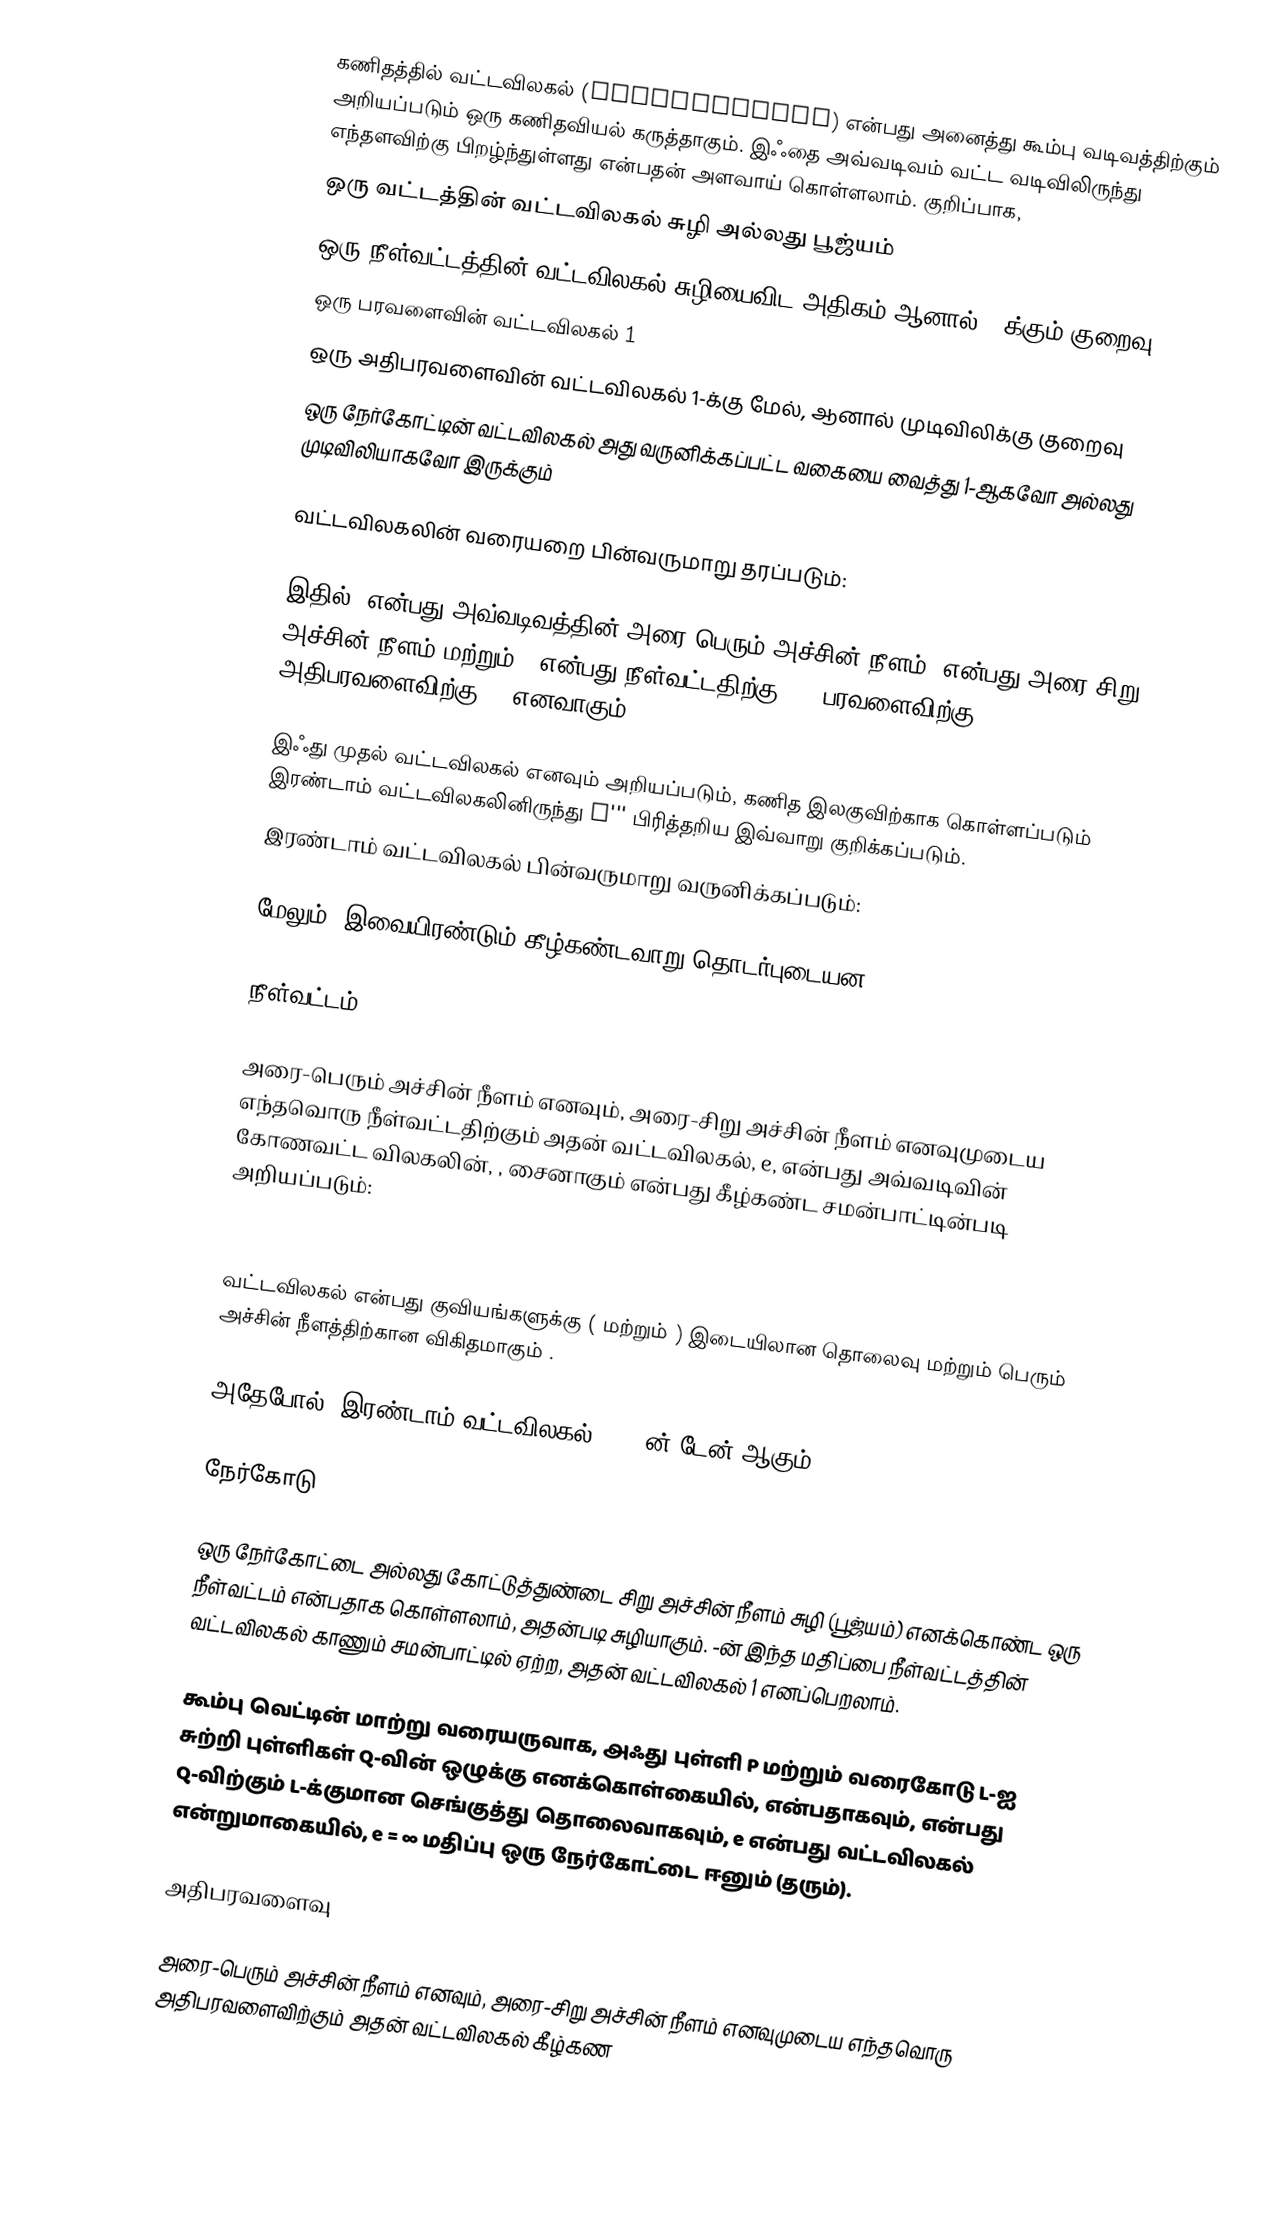
கணிதத்தில் வட்டவிலகல் (Eccentricity) என்பது அனைத்து கூம்பு வடிவத்திற்கும் அறியப்படும் ஒரு கணிதவியல் கருத்தாகும். இஃதை அவ்வடிவம் வட்ட வடிவிலிருந்து எந்தளவிற்கு பிறழ்ந்துள்ளது என்பதன் அளவாய் கொள்ளலாம். குறிப்பாக,
 ஒரு வட்டத்தின் வட்டவிலகல் சுழி அல்லது பூஜ்யம்
 ஒரு நீள்வட்டத்தின் வட்டவிலகல் சுழியைவிட அதிகம் ஆனால் 1-க்கும் குறைவு
 ஒரு பரவளைவின் வட்டவிலகல் 1
 ஒரு அதிபரவளைவின் வட்டவிலகல் 1-க்கு மேல், ஆனால் முடிவிலிக்கு குறைவு
 ஒரு நேர்கோட்டின் வட்டவிலகல் அது வருனிக்கப்பட்ட வகையை வைத்து 1-ஆகவோ அல்லது முடிவிலியாகவோ இருக்கும்

வட்டவிலகலின் வரையறை பின்வருமாறு தரப்படும்:

இதில்,  என்பது அவ்வடிவத்தின் அரை-பெரும் அச்சின் நீளம்,  என்பது அரை-சிறு அச்சின் நீளம் மற்றும் k என்பது நீள்வட்டதிற்கு +1, பரவளைவிற்கு 0, அதிபரவளைவிற்கு -1 எனவாகும்.

இஃது முதல் வட்டவிலகல் எனவும் அறியப்படும், கணித இலகுவிற்காக கொள்ளப்படும் இரண்டாம் வட்டவிலகலினிருந்து e''' பிரித்தறிய இவ்வாறு குறிக்கப்படும்.
இரண்டாம் வட்டவிலகல் பின்வருமாறு வருனிக்கப்படும்:

மேலும், இவையிரண்டும் கீழ்கண்டவாறு தொடர்புடையன:

 நீள்வட்டம்

அரை-பெரும் அச்சின் நீளம்  எனவும், அரை-சிறு அச்சின் நீளம்  எனவுமுடைய எந்தவொரு நீள்வட்டதிற்கும் அதன் வட்டவிலகல், e, என்பது அவ்வடிவின் கோணவட்ட விலகலின், , சைனாகும் என்பது கீழ்கண்ட சமன்பாட்டின்படி அறியப்படும்:

 

வட்டவிலகல் என்பது குவியங்களுக்கு ( மற்றும் ) இடையிலான தொலைவு மற்றும் பெரும் அச்சின் நீளத்திற்கான விகிதமாகும் .

அதேபோல், இரண்டாம் வட்டவிலகல், e', ன் டேன் ஆகும்:

 நேர்கோடு

ஒரு நேர்கோட்டை அல்லது கோட்டுத்துண்டை சிறு அச்சின் நீளம் சுழி (பூஜ்யம்) எனக்கொண்ட ஒரு நீள்வட்டம் என்பதாக கொள்ளலாம், அதன்படி  சுழியாகும். -ன் இந்த மதிப்பை நீள்வட்டத்தின் வட்டவிலகல் காணும் சமன்பாட்டில் ஏற்ற, அதன் வட்டவிலகல் 1 எனப்பெறலாம்.

கூம்பு வெட்டின் மாற்று வரையருவாக, அஃது புள்ளி P மற்றும் வரைகோடு L-ஐ சுற்றி புள்ளிகள் Q-வின் ஒழுக்கு எனக்கொள்கையில்,  என்பதாகவும்,  என்பது Q-விற்கும் L-க்குமான செங்குத்து தொலைவாகவும், e என்பது வட்டவிலகல் என்றுமாகையில், e = ∞ மதிப்பு ஒரு நேர்கோட்டை ஈனும் (தரும்).

 அதிபரவளைவு

அரை-பெரும் அச்சின் நீளம்  எனவும், அரை-சிறு அச்சின் நீளம்  எனவுமுடைய எந்தவொரு அதிபரவளைவிற்கும் அதன் வட்டவிலகல் கீழ்கண